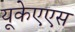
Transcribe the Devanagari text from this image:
यूकेएएस